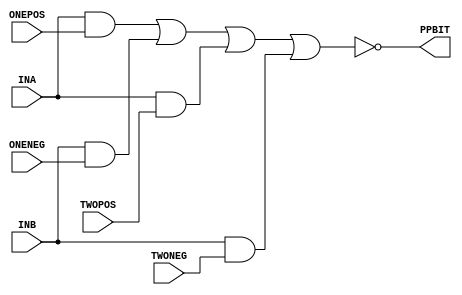
module PP_HIGH ( ONEPOS, ONENEG, TWOPOS, TWONEG, INA, INB, PPBIT );
input  ONEPOS;
input  ONENEG;
input  TWOPOS;
input  TWONEG;
input  INA;
input  INB;
output PPBIT;
   assign PPBIT =  ~ ((INA & ONEPOS) | (INB & ONENEG) | (INA & TWOPOS) | (INB & TWONEG));
endmodule